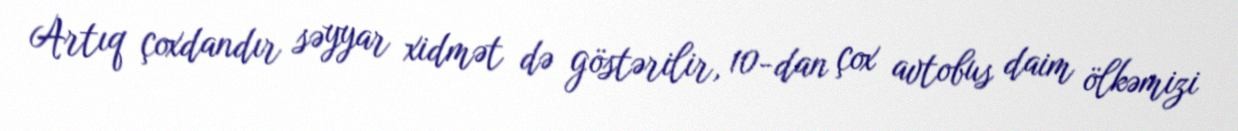
Artıq çoxdandır səyyar xidmət də göstərilir, 10-dan çox avtobus daim ölkəmizi